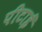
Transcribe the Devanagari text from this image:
पीटाई